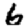
Digit: 6